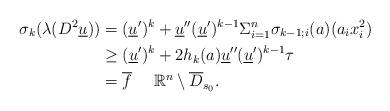
LaTeX: \begin{align*}\sigma_k(\lambda(D^2\underline{u}))&=(\underline{u}')^k+\underline{u}''(\underline{u}')^{k-1}\Sigma_{i=1}^n\sigma_{k-1;i}(a)(a_ix_i^2)\\&\geq(\underline{u}')^k+2h_k(a)\underline{u}''(\underline{u}')^{k-1}\tau\\&=\overline{f}\quad\ \mathbb{R}^n\setminus\overline{D}_{s_0}.\end{align*}